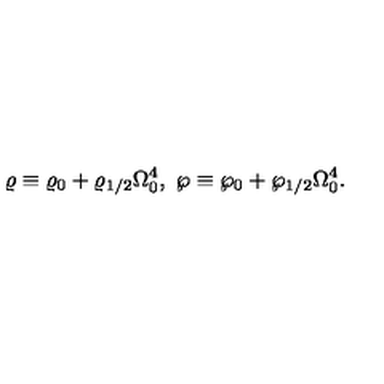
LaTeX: \varrho \equiv \varrho _ { 0 } + \varrho _ { 1 / 2 } \Omega _ { 0 } ^ { 4 } , \ \wp \equiv \wp _ { 0 } + \wp _ { 1 / 2 } \Omega _ { 0 } ^ { 4 } .